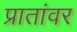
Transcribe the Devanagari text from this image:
प्रातांवर